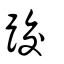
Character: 跤